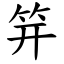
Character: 笄